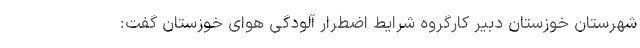
شهرستان خوزستان دبیر کارگروه شرایط اضطرار آلودگی هوای خوزستان گفت: